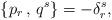
LaTeX: \begin{align*}\{ p_r\,,\,q^s \} = - \delta_r^s , \end{align*}